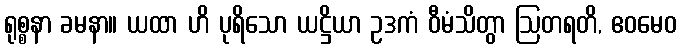
ရုစ္စနာ ခမနာ။ ယထာ ဟိ ပုရိသော ယဋ္ဌိယာ ဥဒကံ ဝီမံသိတွာ ဩတရတိ, ဧဝမေဝ